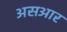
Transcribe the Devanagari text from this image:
असआर